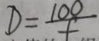
D = \frac { 1 0 0 } { t }